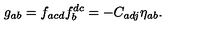
g _ { a b } = f _ { a c d } f _ { b } ^ { d c } = - C _ { a d j } \eta _ { a b } .